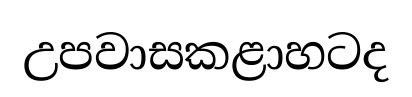
උපවාසකළාහටද